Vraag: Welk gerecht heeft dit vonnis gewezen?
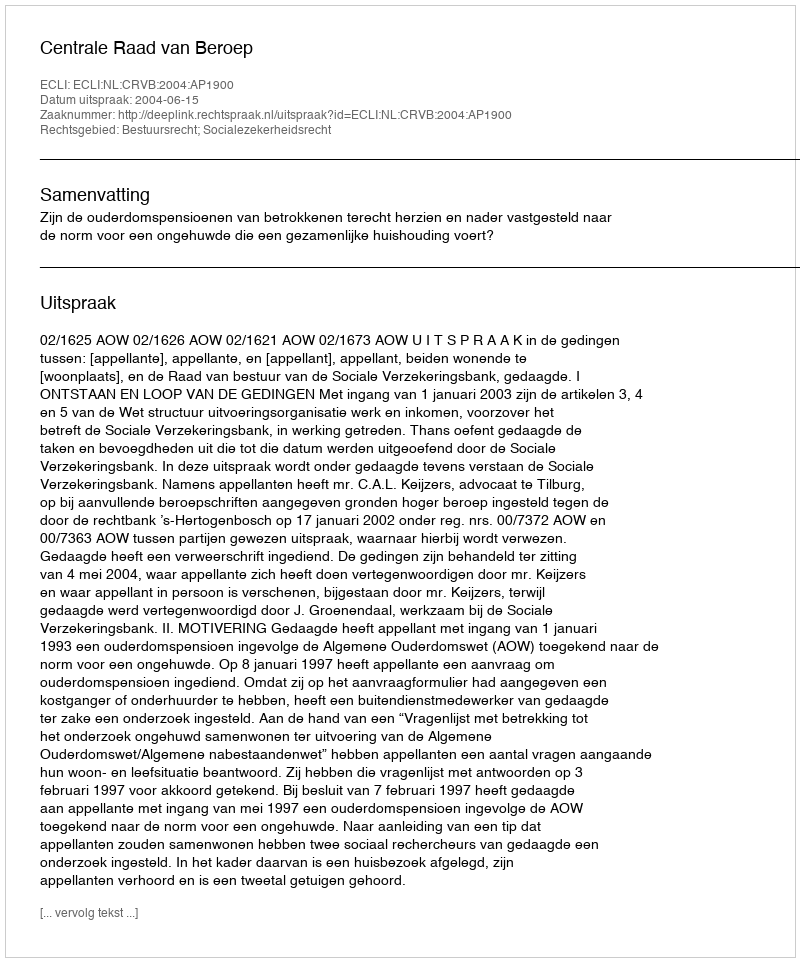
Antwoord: Centrale Raad van Beroep